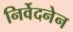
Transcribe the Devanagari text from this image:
निर्वेदनेन